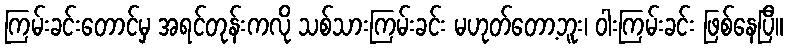
ကြမ်းခင်းတောင်မှ အရင်တုန်းကလို သစ်သားကြမ်းခင်း မဟုတ်တော့ဘူး၊ ဝါးကြမ်းခင်း ဖြစ်နေပြီ။